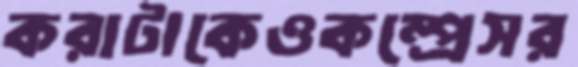
করাটাকেওকম্প্রেসর